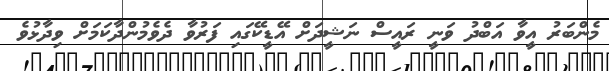
މެންބަރު އީވާ އަބްދު ވަނީ ރައީސް ނަޝީދަށް އޭޑީކޭގައި ފަރުވާ ދެވެމުންދާކަމަށް ވިދާޅުވެ